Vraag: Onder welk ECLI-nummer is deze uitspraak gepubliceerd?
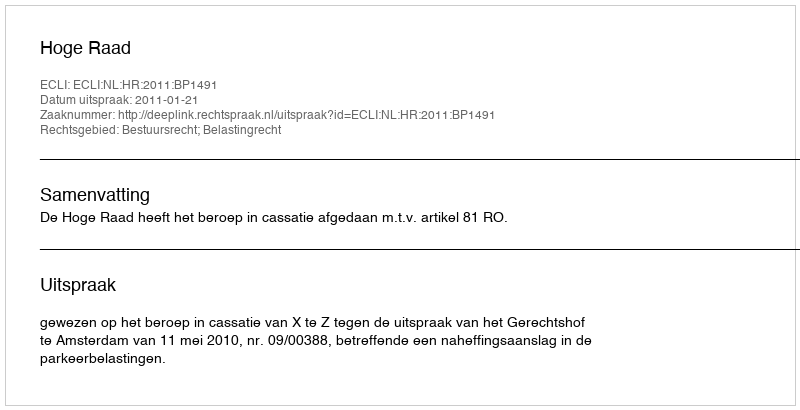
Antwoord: ECLI:NL:HR:2011:BP1491